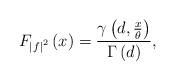
LaTeX: \begin{align*}F_{\left|f\right|^2}\left(x\right)=\frac{\gamma\left(d,\frac{ x}{\theta}\right)}{\Gamma\left(d\right)},\end{align*}